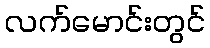
လက်မောင်းတွင်